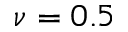
\nu = 0 . 5